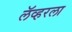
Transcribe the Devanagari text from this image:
लॅव्हरला